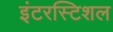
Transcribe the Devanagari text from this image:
इंटरस्टिशल